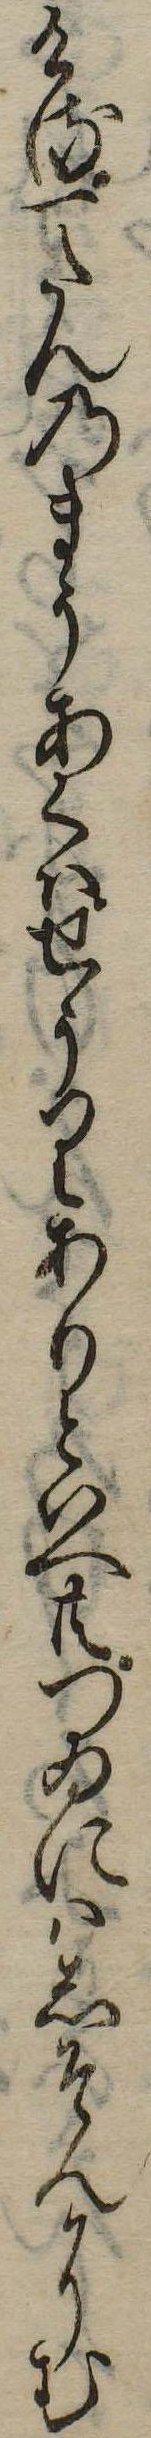
ける一たんのまうあくはせうりありといへ共つゐにはしそんにむ